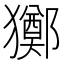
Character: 𤣀